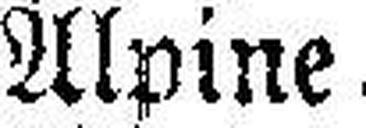
Alpine